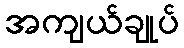
အကျယ်ချုပ်